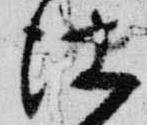
仕